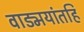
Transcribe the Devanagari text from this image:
वाड्मयांतहि